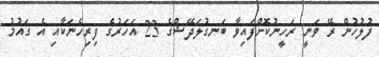
ފުލުހުން ރޭ ވަނީ ރަހީނުކޮށްފައިވާ ބަނގުލަދޭޝްގެ 23 އަހަރުގެ ފިރިހެނަކާއި އެ ގައުމު